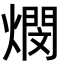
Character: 燘